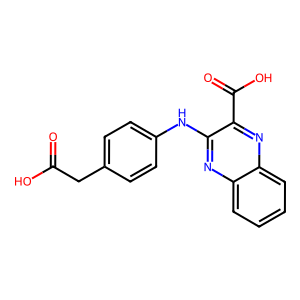
SMILES: O=C(O)Cc1ccc(Nc2nc3ccccc3nc2C(=O)O)cc1
Inhibits HIV replication: No